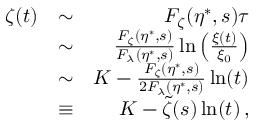
\begin{array} { r l r } { \zeta ( t ) } & { \sim } & { F _ { \zeta } ( \eta ^ { \ast } , s ) \tau } \\ & { \sim } & { \frac { F _ { \zeta } ( \eta ^ { \ast } , s ) } { F _ { \lambda } ( \eta ^ { \ast } , s ) } \ln \left( \frac { \xi ( t ) } { \xi _ { 0 } } \right) } \\ & { \sim } & { K - \frac { F _ { \zeta } ( \eta ^ { \ast } , s ) } { 2 F _ { \lambda } ( \eta ^ { \ast } , s ) } \ln ( t ) } \\ & { \equiv } & { K - \tilde { \zeta } ( s ) \ln ( t ) \, , } \end{array}